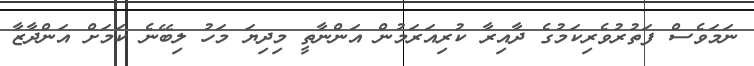
ނަމަވެސް ފަތުރުވެރިކަމުގެ ދާއިރާ ކުރިއަރަމުން އަންނާތީ މިދިޔަ މަހު ލިބޭނެ ކަމަށް އަންދާޒާ